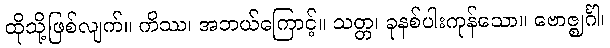
ထိုသို့ဖြစ်လျက်။ ကိဿ၊ အဘယ်ကြောင့်။ သတ္တ၊ ခုနစ်ပါးကုန်သော။ ဗောဇ္ဈင်္ဂါ၊